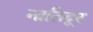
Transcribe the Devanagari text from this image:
नातिदूर